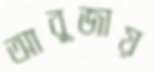
আবুজায়